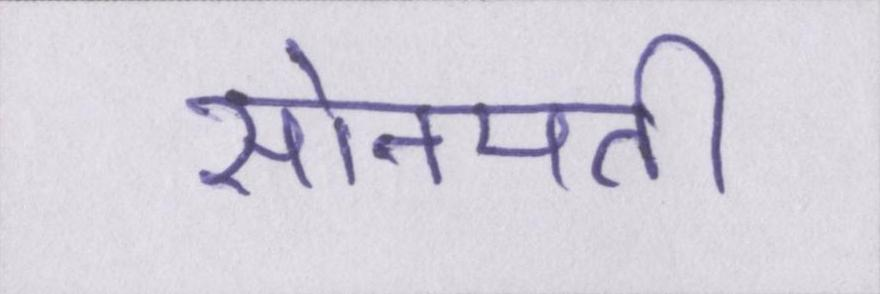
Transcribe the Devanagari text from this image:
सोनपती